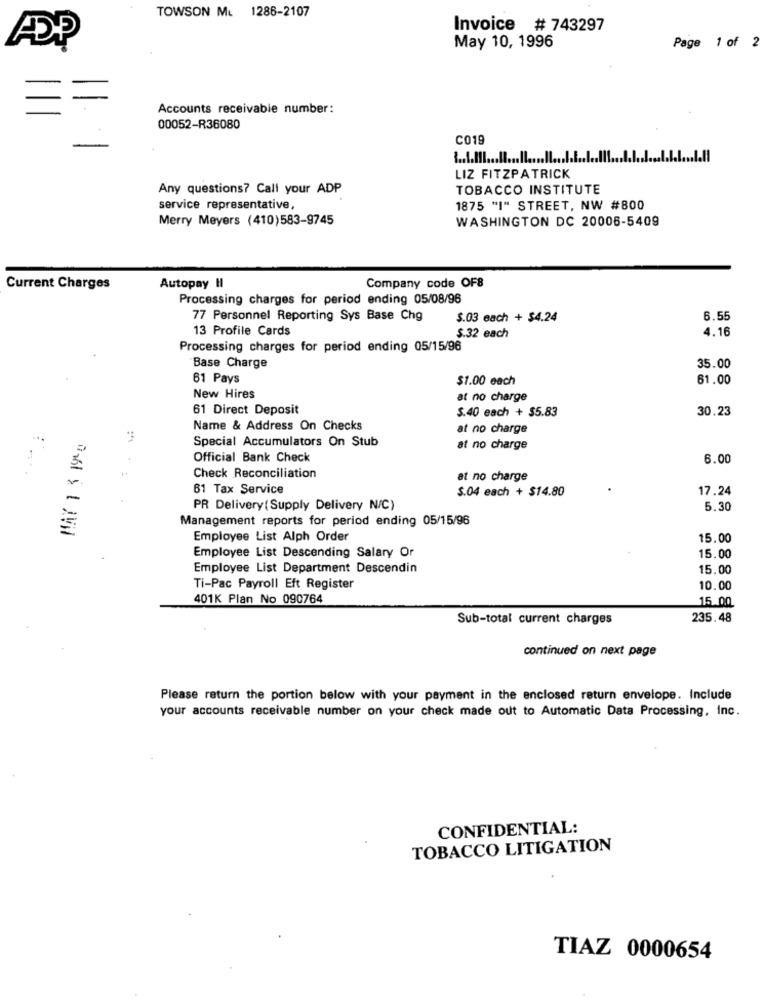
TOWSON ML 1286-2107
Invoice # 743297
Page 1 of 2
May 10, 1996
Accounts receivable number:
00052-R36080
C019
LIZ FITZPATRICK
Any questions? Call your ADP
TOBACCO INSTITUTE
service representative,
1875 "I" STREET, NW #800
Merry Meyers (410)583-9745
WASHINGTON DC 20006-5409
Company code OF8
Current Charges
Autopay HI
Processing charges for period ending 05/08/96
77 Personnel Reporting Sys Base Chg
$.03 each + $4.24
6.55
13 Profile Cards
4.16
$.32 each
Processing charges for period ending 05/15/96
35.00
Base Charge
61 Pays
$1.00 each
61.00
New Hires
at no charge
61 Direct Deposit
$.40 each + $5.83
30.23
Name & Address On Checks
at no charge
MAY 1 3 1940
Special Accumulators On Stub
at no charge
Official Bank Check
6.00
Check Reconciliation
at no charge
61 Tax Service
$.04 each + $14.80
17.24
PR Delivery(Supply Delivery N/C)
5.30
Management reports for period ending 05/15/96
Employee List Alph Order
15.00
Employee List Descending Salary Or
15.00
Employee List Department Descendin
15.00
Ti-Pac Payroll Eft Register
10.00
401K Plan No 090764
15.00
Sub-total current charges
235.48
continued on next page
Please return the portion below with your payment in the enclosed return envelope. Include
your accounts receivable number on your check made out to Automatic Data Processing, Inc.
CONFIDENTIAL:
TOBACCO LITIGATION
TIAZ 0000654